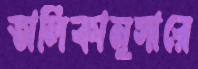
তালিকানুসারে